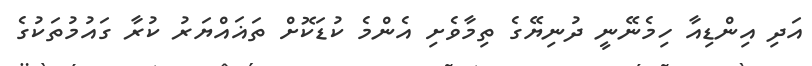
އަދި އިންޑިއާ ހިމެނޭނީ ދުނިޔޭގެ ތިމާވެށި އެންމެ ކުޑަކޮށް ތަޣައްޔަރު ކުރާ ގައުމުތަކުގެ